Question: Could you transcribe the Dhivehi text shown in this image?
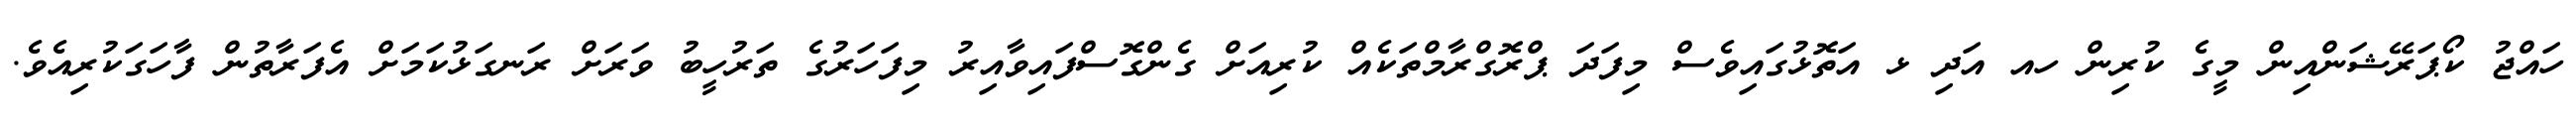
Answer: ހައްޖު ކޯޕަރޭޝަންއިން މީގެ ކުރިން ހއ އަދި ޅ އަތޮޅުގައިވެސް މިފަދަ ޕްރޮގްރާމްތަކެއް ކުރިއަށް ގެންގޮސްފައިވާއިރު މިފަހަރުގެ ތަރުހީބު ވަރަށް ރަނގަޅުކަމަށް އެފަރާތުން ފާހަގަކުރިއެވެ.